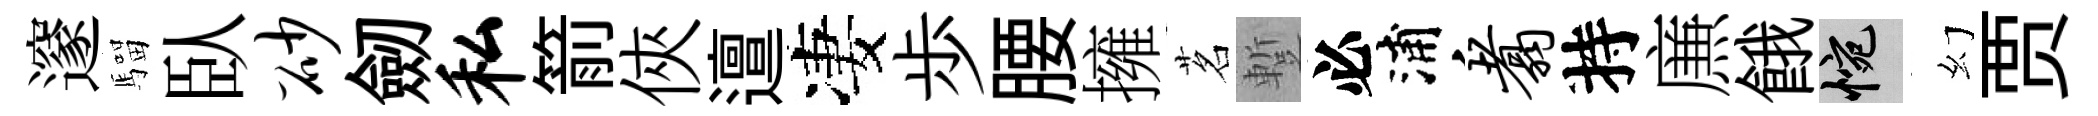
邃騮臥砂劒私箭俠邅凄歩腰擁茗蹔必浦翥持㢘餓惋幻贾